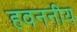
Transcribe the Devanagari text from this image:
हवननीय